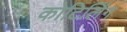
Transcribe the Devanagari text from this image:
कोटिलिंग